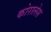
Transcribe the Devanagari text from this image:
कोरालेस